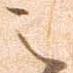
之